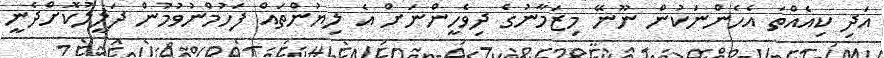
އަދި ކިއެއްތަ އެހެންނަކުން ނޫނޭ މިޒަމާނުގެ ދިވެހީންނަށް އެ ލިޔުންތައް ފަހުމްނުވުމުން ދަލީލުކޮށްދެނީ